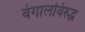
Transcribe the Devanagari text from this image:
बंगालविरुद्ध